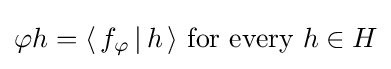
\varphi h=\langle \,f_{\varphi }\,|\,h\,\rangle {\text{ for every }}h\in H